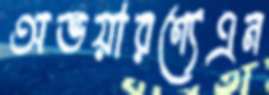
অভয়ারণ্যেএন